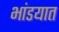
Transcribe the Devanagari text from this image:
भांडयात